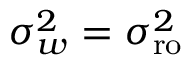
\sigma _ { w } ^ { 2 } = \sigma _ { \mathrm { r o } } ^ { 2 }